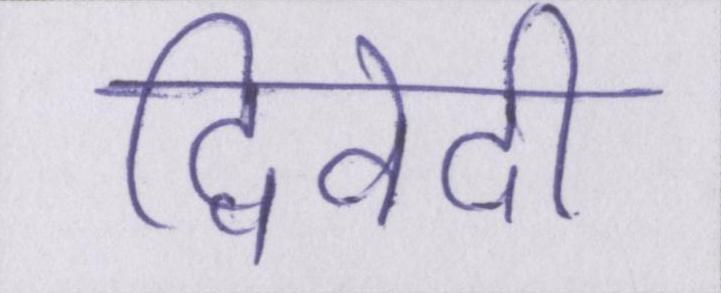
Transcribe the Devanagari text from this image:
द्विवेदी